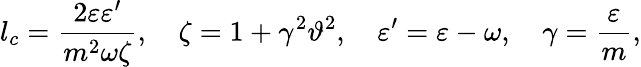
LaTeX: l_{c}=\frac{2\varepsilon\varepsilon^{\prime}}{m^{2}\omega\zeta},\quad\zeta=1+\gamma^{2}\vartheta^{2},\quad\varepsilon^{\prime}=\varepsilon-\omega,\quad\gamma=\frac{\varepsilon}{m},